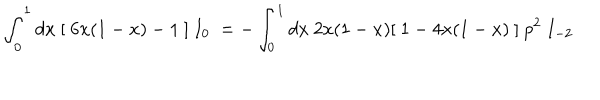
\int _ { 0 } ^ { 1 } d x \ [ \ 6 x ( 1 - x ) - 1 \ ] \ I _ { 0 } \ = - \int _ { 0 } ^ { 1 } d x \ 2 x ( 1 - x ) [ \ 1 - 4 x ( 1 - x ) \ ] \ p ^ { 2 } \ I _ { - 2 }